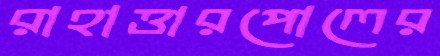
রাহাত্তারপোলের